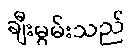
ချီးမွမ်းသည်